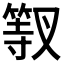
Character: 𱸎